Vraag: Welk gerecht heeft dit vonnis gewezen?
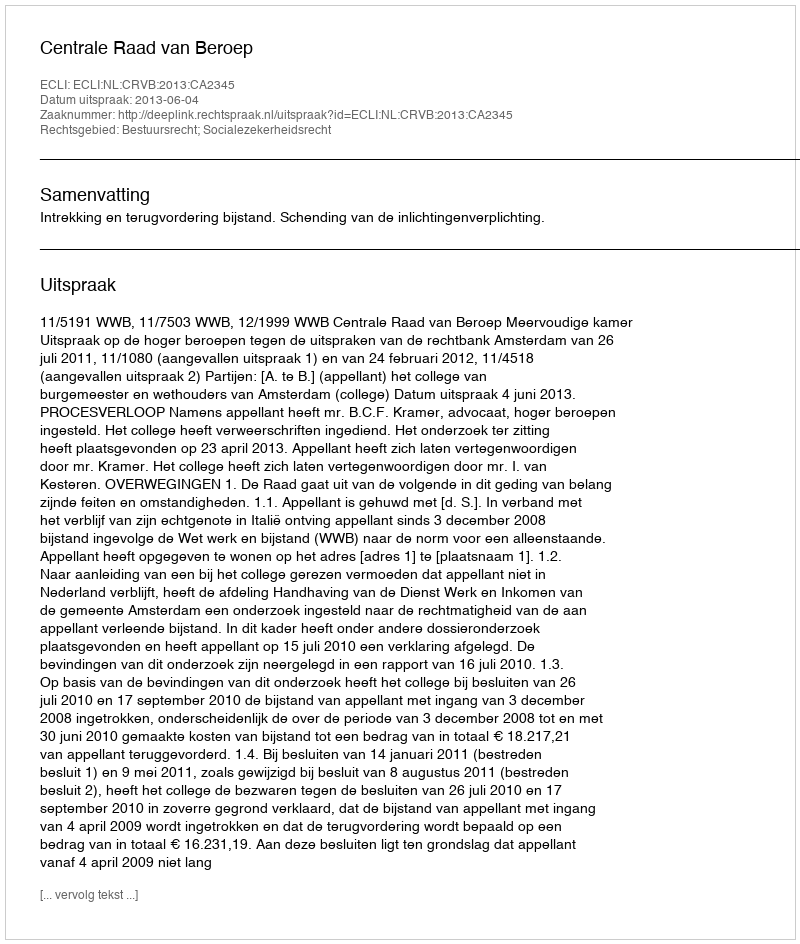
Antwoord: Centrale Raad van Beroep